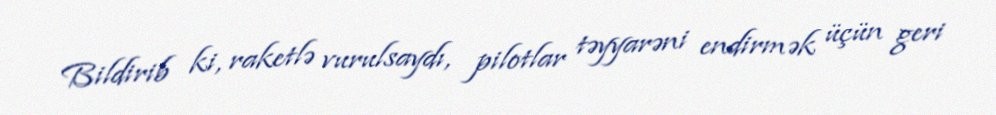
Bildirib ki, raketlə vurulsaydı, pilotlar təyyarəni endirmək üçün geri